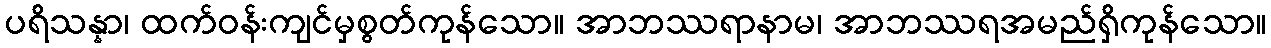
ပရိသန္နာ၊ ထက်ဝန်းကျင်မှစွတ်ကုန်သော။ အာဘဿရာနာမ၊ အာဘဿရအမည်ရှိကုန်သော။